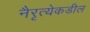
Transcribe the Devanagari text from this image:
नैरृत्येकडील